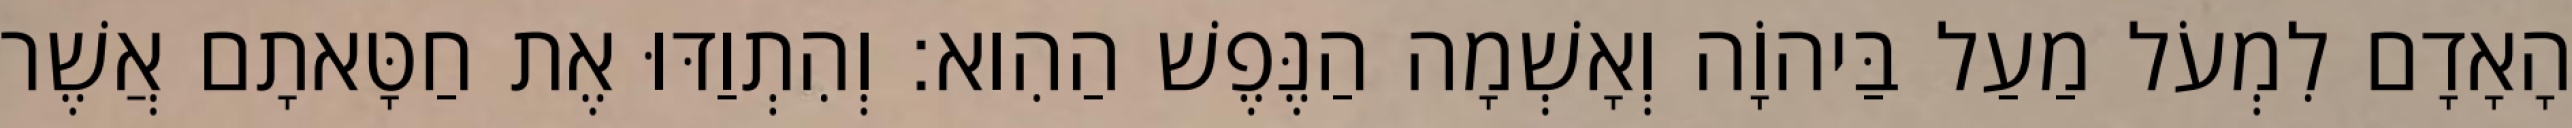
הָאָדָם לִמְעֹל מַעַל בַּיהוָֹה וְאָשְׁמָה הַנֶּפֶשׁ הַהִוא׃ וְהִתְוַדּוּ אֶת חַטָּאתָם אֲשֶׁר